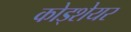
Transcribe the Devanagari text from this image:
कोड्शेयर